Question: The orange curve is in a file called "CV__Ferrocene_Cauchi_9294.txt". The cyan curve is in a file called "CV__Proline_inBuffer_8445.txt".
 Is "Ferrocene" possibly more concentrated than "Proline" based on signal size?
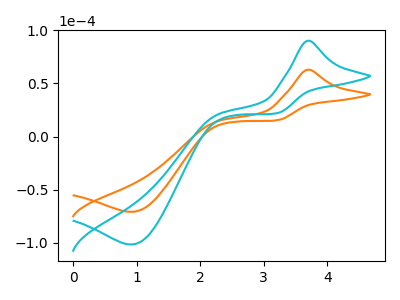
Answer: <think>The orange curve "Ferrocene" has an anodic peak at (3.70V, 63.00uA) and a cathodic peak at (0.90V, -70.90uA). The cyan curve "Proline" has an anodic peak at (3.70V, 90.30uA) and a cathodic peak at (0.90V, -101.65uA).
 All the peaks in "Ferrocene" have a peak in "Proline" at the same potential. Every peak in "Ferrocene" is lower than every peak in "Proline".</think>
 <answer>"Ferrocene" has less signal than "Proline".</answer>
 <eval>less_signal</eval>